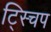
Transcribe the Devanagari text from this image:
ट्स्चिप